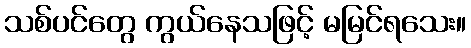
သစ်ပင်တွေ ကွယ်နေသဖြင့် မမြင်ရသေး။